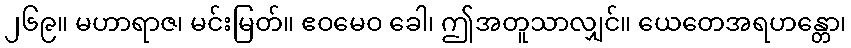
၂၆၉။ မဟာရာဇ၊ မင်းမြတ်။ ဧဝမေဝ ခေါ၊ ဤအတူသာလျှင်။ ယေတေအရဟန္တော၊